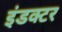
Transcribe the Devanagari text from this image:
इंडक्टर